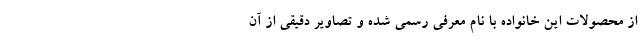
از محصولات این خانواده با نام معرفی رسمی شده و تصاویر دقیقی از آن